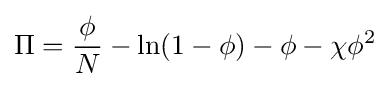
\Pi ={\frac {\phi }{N}}-\ln(1-\phi )-\phi -\chi \phi ^{2}